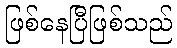
ဖြစ်နေပြီဖြစ်သည်